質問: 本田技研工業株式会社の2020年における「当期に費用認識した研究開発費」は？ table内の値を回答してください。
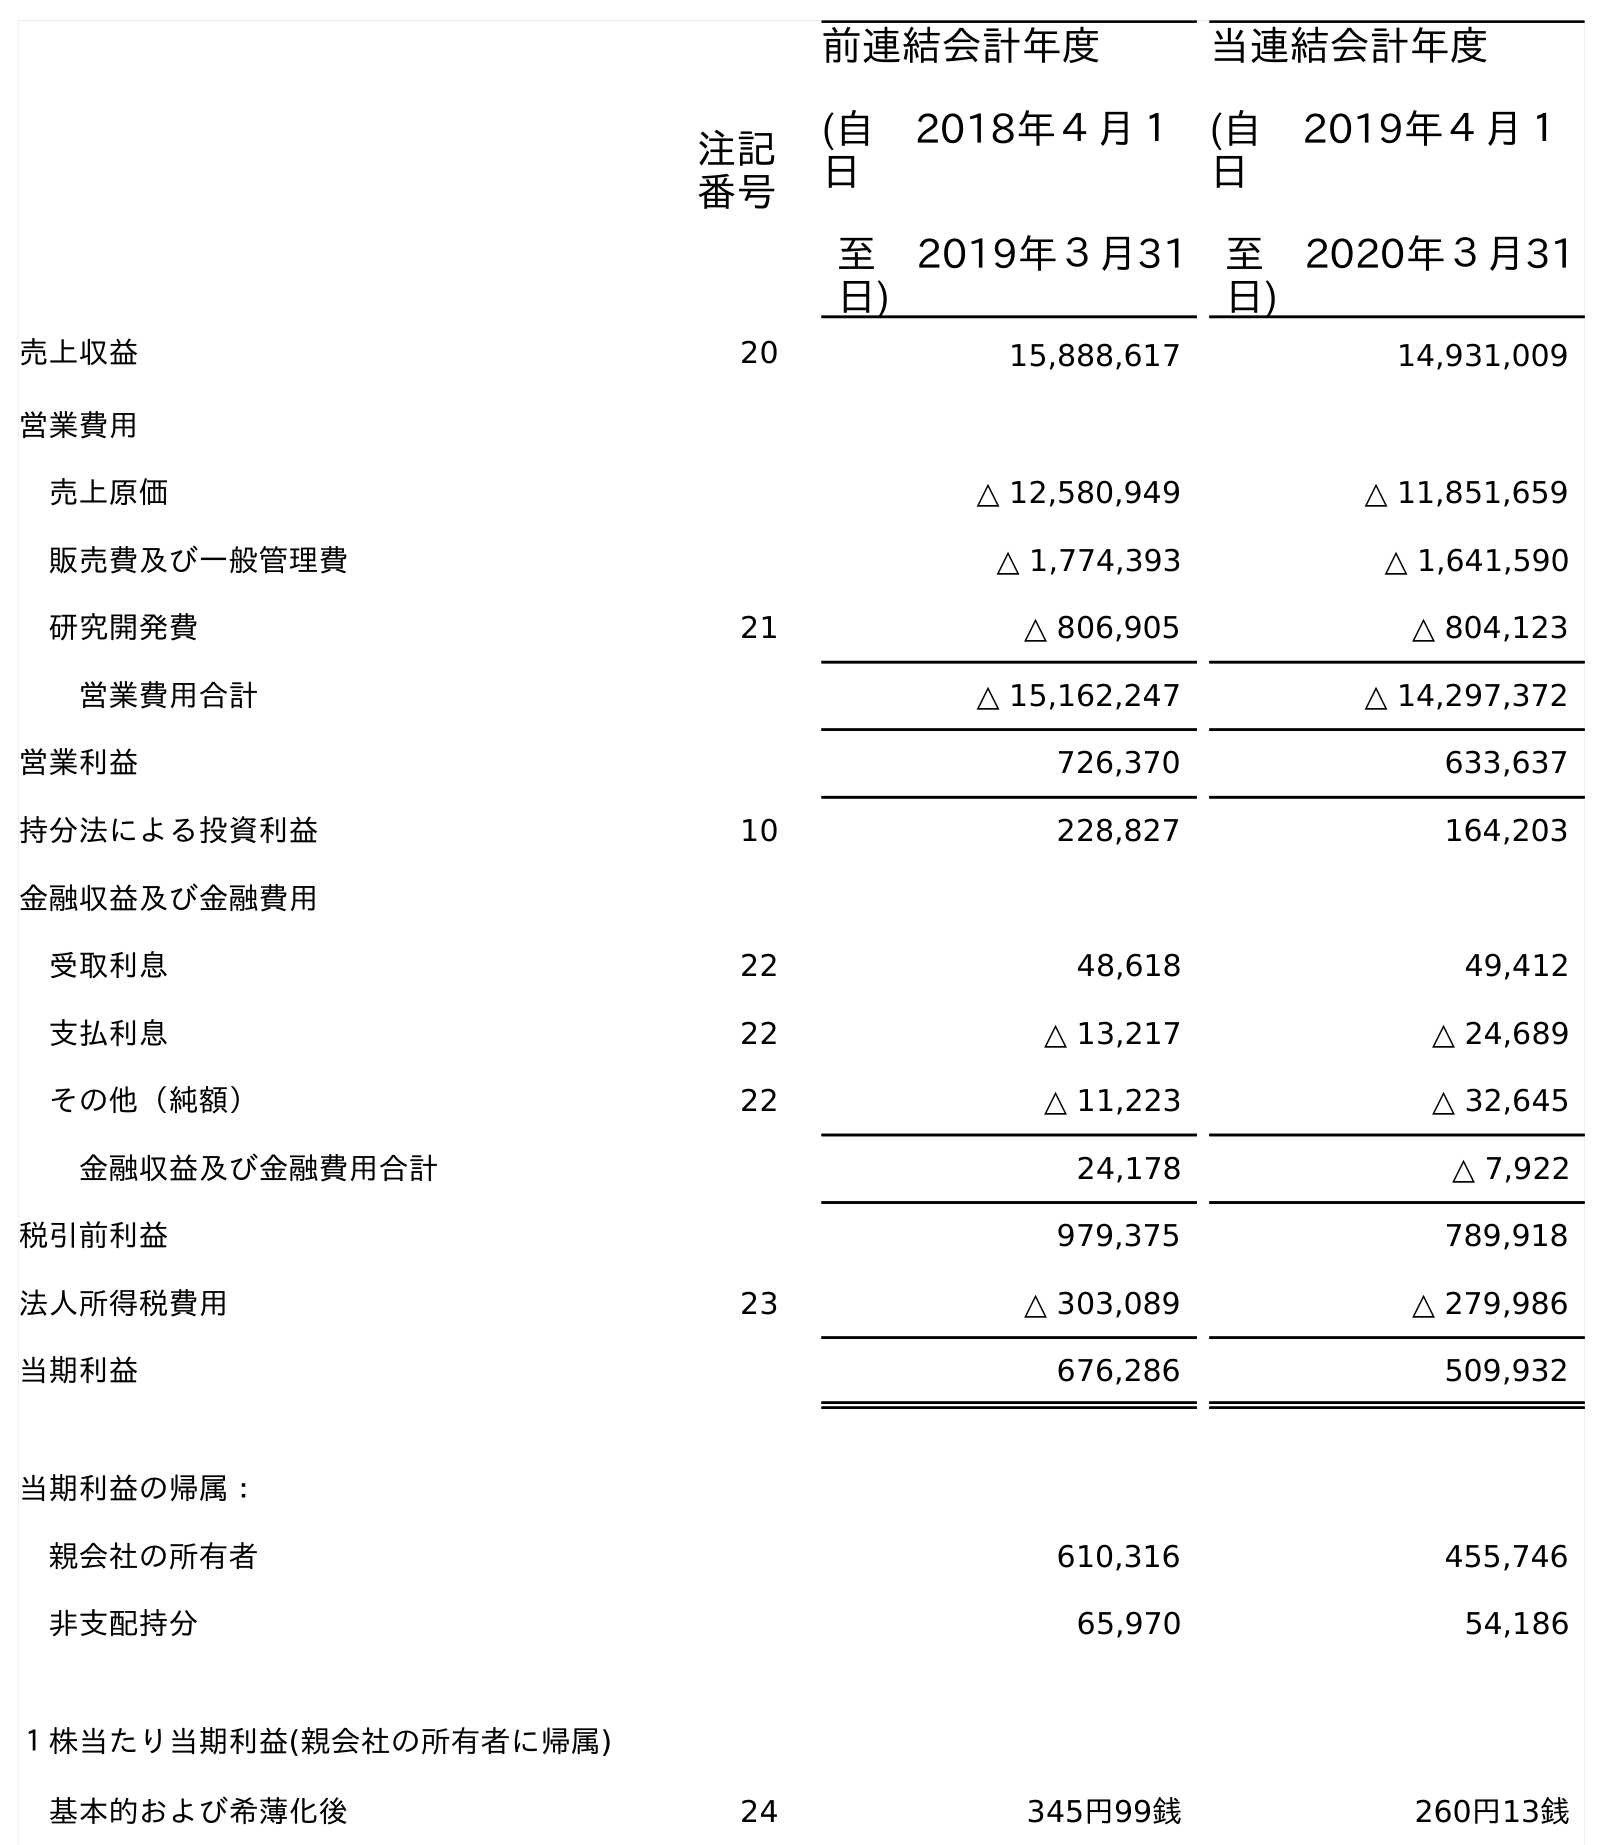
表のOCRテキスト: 注記 番号 前連結会計年度 (自 2018年４月１ 日 至 2019年３月31 日) 当連結会計年度 (自 2019年４月１ 日 至 2020年３月31 日) 売上収益 20 15,888,617 14,931,009 営業費用 売上原価 △ 12,580,949 △ 11,851,659 販売費及び一般管理費 △ 1,774,393 △ 1,641,590 研究開発費 21 △ 806,905 △ 804,123 営業費用合計 △ 15,162,247 △ 14,297,372 営業利益 726,370 633,637 持分法による投資利益 10 228,827 164,203 金融収益及び金融費用 受取利息 22 48,618 49,412 支払利息 22 △ 13,217 △ 24,689 その他（純額） 22 △ 11,223 △ 32,645 金融収益及び金融費用合計 24,178 △ 7,922 税引前利益 979,375 789,918 法人所得税費用 23 △ 303,089 △ 279,986 当期利益 676,286 509,932 当期利益の帰属： 親会社の所有者 610,316 455,746 非支配持分 65,970 54,186 １株当たり当期利益(親会社の所有者に帰属) 基本的および希薄化後 24 345円99銭 260円13銭
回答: △804,123